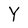
Character: Y